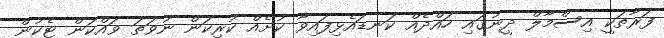
ފަރާތަކީ އިސްމާލް ދީނުގައި ހައްދެއް ކަނޑައެޅިފައިވާ ކުށެއް ކުރިކަން ނުވަތަ ވައްކަން ޓެކުން